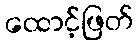
ထောင့်ဖြတ်